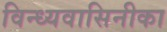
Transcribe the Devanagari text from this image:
विन्ध्यवासिनीका